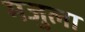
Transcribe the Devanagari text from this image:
मजुला